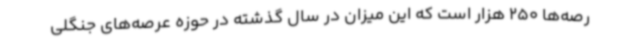
رصه‌ها 250 هزار است که این میزان در سال گذشته در حوزه عرصه‌های جنگلی